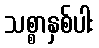
သစ္စာနှစ်ပါး